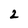
Character: 2